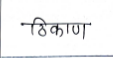
मजकूर: ठिकाण